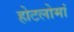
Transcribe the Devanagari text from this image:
होटलोमां